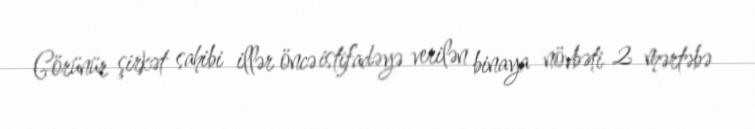
Görünür şirkət sahibi illər öncə istifadəyə verilən binaya növbəti 2 mərtəbə